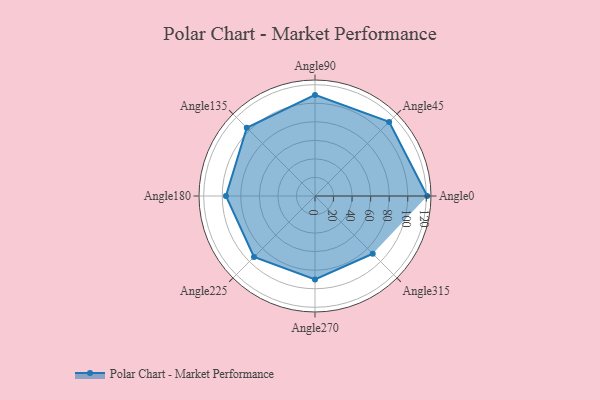
{"axis": {"x": "Angle", "y": "Radius"}, "legend": [""], "data": [{"x": "Angle0", "y": 121.0, "type": ""}, {"x": "Angle45", "y": 113.0, "type": ""}, {"x": "Angle90", "y": 109.0, "type": ""}, {"x": "Angle135", "y": 104.0, "type": ""}, {"x": "Angle180", "y": 96.0, "type": ""}, {"x": "Angle225", "y": 93.0, "type": ""}, {"x": "Angle270", "y": 90.0, "type": ""}, {"x": "Angle315", "y": 88.0, "type": ""}]}